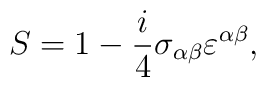
S=1-\frac{i}{4}\sigma_{\alpha\beta}\varepsilon^{\alpha\beta},